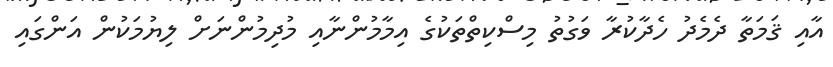
އާއި ޤަމަތާ ދެމެދު ހެދާކުރާ ވަގުތު މިސްކިތްތަކުގެ އިމާމުންނާއި މުދިމުންނަށް ލިޔުމަކުން އަންގައި